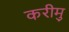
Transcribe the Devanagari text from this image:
करीमु